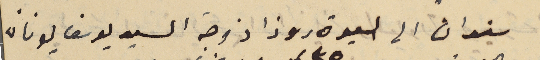
سندان الى السيدة روزا زوجة السيد يوسف يونان